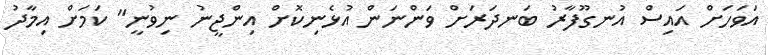
އަވަހަށް އައިސް އުނގޫފާރު ބަނދަރަށް ވަންނަން އުޅެނިކޮށް އިންޖީނު ނިވުނީ" ކަމަށް އިމާދު